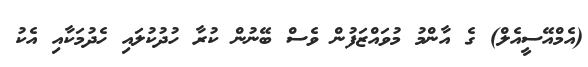
(އެމްއޭސީއެލް) ގެ އާންމު މުވައްޒަފުން ވެސް ބޭނުން ކުރާ ހުދުކުލައި ހެދުމަކާއި އެކު